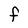
Character: F